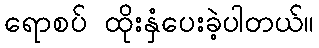
ရောစပ် ထိုးနှံပေးခဲ့ပါတယ်။